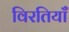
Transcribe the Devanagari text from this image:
विरतियाँ